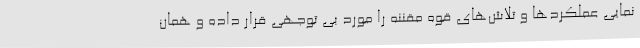
نمایی عملکردها و تلاش‌های قوه مقننه را مورد بی توجهی قرار داده و همان